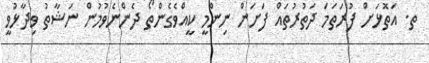
ތ. އަތޮޅަށް ފުރަތަމަ ދަތުރުތައް ފަށަން ނިންމީ ކީއްވެގެންތޯ ދެންނެވުމުން ނަޝާތު ވިދާޅުވީ